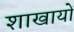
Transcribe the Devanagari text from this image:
शाखायों